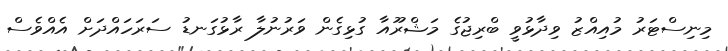
މިނިސްޓަރު މުއިއްޒު ވިދާޅުވީ ބްރިޖުގެ މަޝްރޫއާ ގުޅިގެން ވަރުނުލާ ރާޅުގަނޑު ސަރަހައްދަށް އެއްވެސް